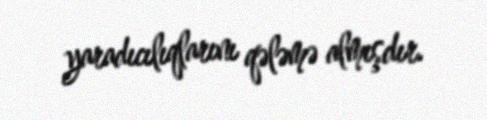
yaradıcılıqlarını qələmə almışdır.